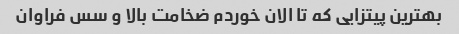
بهترین پیتزایی که تا الان خوردم ضخامت بالا و سس فراوان